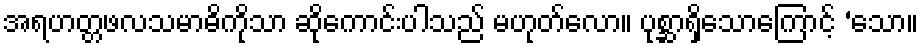
အရဟတ္တဖလသမာဓိကိုသာ ဆိုကောင်းပါသည် မဟုတ်လော။ ပုစ္ဆာရှိသောကြောင့် ‘သော။